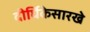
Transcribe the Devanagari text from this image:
दीर्घिकेसारखे